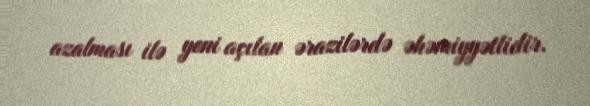
azalması ilə yeni açılan ərazilərdə əhəmiyyətlidir.